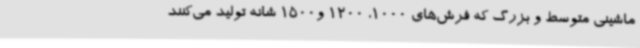
ماشینی متوسط و بزرگ که فرش‌های 1000، 1200 و1500 شانه تولید می‌کنند